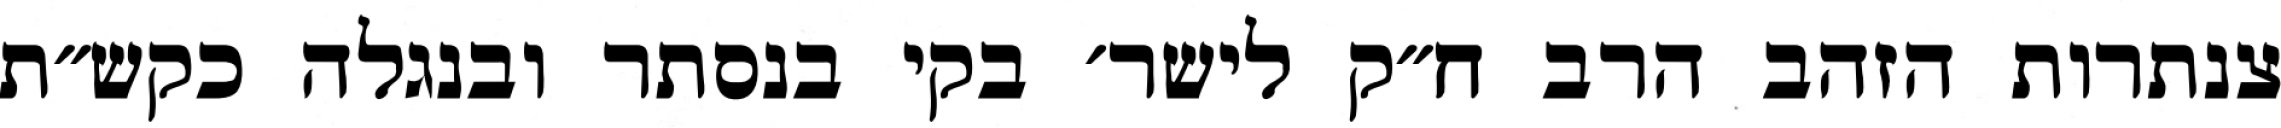
צנתרות הזהב הרב ח״ק לישר׳ בקי בנסתר ובנגלה כקש״ת